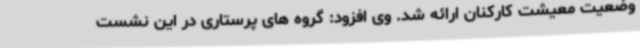
وضعیت معیشت کارکنان ارائه شد. وی افزود: گروه های پرستاری در این نشست